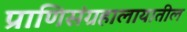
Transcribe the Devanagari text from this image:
प्राणिसंग्रहालायातील